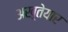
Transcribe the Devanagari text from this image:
अख़्तेयार